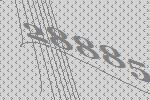
28885